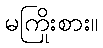
မကြိုးစား။